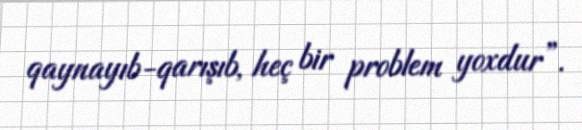
qaynayıb-qarışıb, heç bir problem yoxdur”.